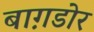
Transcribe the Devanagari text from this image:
बाग़डोर